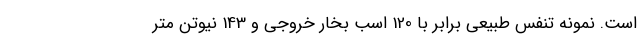
است. نمونه تنفس طبیعی برابر با 120 اسب بخار خروجی و 143 نیوتن متر